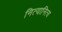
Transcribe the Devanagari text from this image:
नित्यानित्य